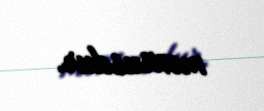
məxsusdur.